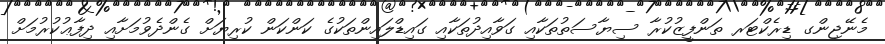
މެނޭޖިންގ ޑިރެކްޓަރ ތަންފީޒުކުރާ ސިޔާސަތުތަކާއި ގަވާއިދުތަކާއި ގައިޑްލައިންތަކުގެ ކަންކަން ކުރިޔަށް ގެންދެވުމަށާއި ދިފާޢުކުރުމަށް